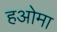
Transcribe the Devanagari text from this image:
हओमा